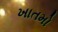
ખાતમો